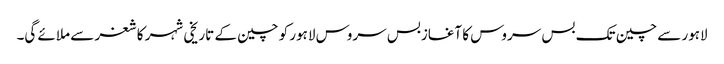
لاہور سے چین تک بس سروس کا آغازبس سروس لاہور کو چین کے تاریخی شہر کاشغر سے ملائے گی۔